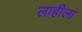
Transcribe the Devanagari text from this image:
लाहीला